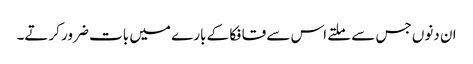
ان دنوں جس سے ملتے اس سے قافکا کے بارے میں بات ضرور کرتے۔